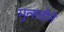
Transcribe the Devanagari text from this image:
मुत्सदीने